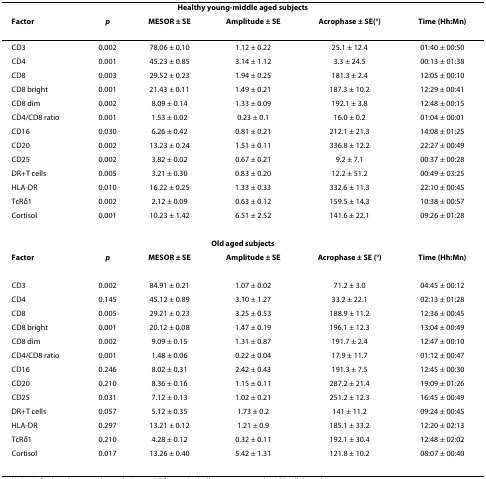
<table><thead><tr><td colspan="6"><b>Healthy young-middle aged subjects</b></td></tr><tr><td><b>Factor</b></td><td><b><i>p</i></b></td><td><b>MESOR ± SE</b></td><td><b>Amplitude ± SE</b></td><td><b>Acrophase ± SE(°)</b></td><td><b>Time (Hh:Mn)</b></td></tr></thead><tbody><tr><td>CD3</td><td>0.002</td><td>78.06 ± 0.10</td><td>1.12 ± 0.22</td><td>25.1 ± 12.4</td><td>01:40 ± 00:50</td></tr><tr><td>CD4</td><td>0.001</td><td>45.23 ± 0.85</td><td>3.14 ± 1.12</td><td>3.3 ± 24.5</td><td>00:13 ± 01:38</td></tr><tr><td>CD8</td><td>0.003</td><td>29.52 ± 0.23</td><td>1.94 ± 0.25</td><td>181.3 ± 2.4</td><td>12:05 ± 00:10</td></tr><tr><td>CD8 bright</td><td>0.001</td><td>21.43 ± 0.11</td><td>1.49 ± 0.21</td><td>187.3 ± 10.2</td><td>12:29 ± 00:41</td></tr><tr><td>CD8 dim</td><td>0.002</td><td>8.09 ± 0.14</td><td>1.33 ± 0.09</td><td>192.1 ± 3.8</td><td>12:48 ± 00:15</td></tr><tr><td>CD4/CD8 ratio</td><td>0.001</td><td>1.53 ± 0.02</td><td>0.23 ± 0.1</td><td>16.0 ± 0.2</td><td>01:04 ± 00:01</td></tr><tr><td>CD16</td><td>0.030</td><td>6.26 ± 0.42</td><td>0.81 ± 0.21</td><td>212.1 ± 21.3</td><td>14:08 ± 01:25</td></tr><tr><td>CD20</td><td>0.002</td><td>13.23 ± 0.24</td><td>1.51 ± 0.11</td><td>336.8 ± 12.2</td><td>22:27 ± 00:49</td></tr><tr><td>CD25</td><td>0.002</td><td>3.82 ± 0.02</td><td>0.67 ± 0.21</td><td>9.2 ± 7.1</td><td>00:37 ± 00:28</td></tr><tr><td>DR+T cells</td><td>0.005</td><td>3.21 ± 0.30</td><td>0.83 ± 0.20</td><td>12.2 ± 51.2</td><td>00:49 ± 03:25</td></tr><tr><td>HLA-DR</td><td>0.010</td><td>16.22 ± 0.25</td><td>1.33 ± 0.33</td><td>332.6 ± 11.3</td><td>22:10 ± 00:45</td></tr><tr><td>TcRδ1</td><td>0.002</td><td>2.12 ± 0.09</td><td>0.63 ± 0.12</td><td>159.5 ± 14.3</td><td>10:38 ± 00:57</td></tr><tr><td>Cortisol</td><td>0.001</td><td>10.23 ± 1.42</td><td>6.51 ± 2.52</td><td>141.6 ± 22.1</td><td>09:26 ± 01:28</td></tr><tr><td colspan="6"><b>Old aged subjects</b></td></tr><tr><td><b>Factor</b></td><td><b><i>p</i></b></td><td><b>MESOR ± SE</b></td><td><b>Amplitude ± SE</b></td><td><b>Acrophase ± SE (°)</b></td><td><b>Time (Hh:Mn)</b></td></tr><tr><td>CD3</td><td>0.002</td><td>84.91 ± 0.21</td><td>1.07 ± 0.02</td><td>71.2 ± 3.0</td><td>04:45 ± 00:12</td></tr><tr><td>CD4</td><td>0.145</td><td>45.12 ± 0.89</td><td>3.10 ± 1.27</td><td>33.2 ± 22.1</td><td>02:13 ± 01:28</td></tr><tr><td>CD8</td><td>0.005</td><td>29.21 ± 0.23</td><td>3.25 ± 0.53</td><td>188.9 ± 11.2</td><td>12:36 ± 00:45</td></tr><tr><td>CD8 bright</td><td>0.001</td><td>20.12 ± 0.08</td><td>1.47 ± 0.19</td><td>196.1 ± 12.3</td><td>13:04 ± 00:49</td></tr><tr><td>CD8 dim</td><td>0.002</td><td>9.09 ± 0.15</td><td>1.31 ± 0.87</td><td>191.7 ± 2.4</td><td>12:47 ± 00:10</td></tr><tr><td>CD4/CD8 ratio</td><td>0.001</td><td>1.48 ± 0.06</td><td>0.22 ± 0.04</td><td>17.9 ± 11.7</td><td>01:12 ± 00:47</td></tr><tr><td>CD16</td><td>0.246</td><td>8.02 ± 0.31</td><td>2.42 ± 0.43</td><td>191.3 ± 7.5</td><td>12:45 ± 00:30</td></tr><tr><td>CD20</td><td>0.210</td><td>8.36 ± 0.16</td><td>1.15 ± 0.11</td><td>287.2 ± 21.4</td><td>19:09 ± 01:26</td></tr><tr><td>CD25</td><td>0.031</td><td>7.12 ± 0.13</td><td>1.02 ± 0.21</td><td>251.2 ± 12.3</td><td>16:45 ± 00:49</td></tr><tr><td>DR+T cells</td><td>0.057</td><td>5.12 ± 0.35</td><td>1.73 ± 0.2</td><td>141 ± 11.2</td><td>09:24 ± 00:45</td></tr><tr><td>HLA-DR</td><td>0.297</td><td>13.21 ± 0.12</td><td>1.21 ± 0.9</td><td>185.1 ± 33.2</td><td>12:20 ± 02:13</td></tr><tr><td>TcRδ1</td><td>0.210</td><td>4.28 ± 0.12</td><td>0.32 ± 0.11</td><td>192.1 ± 30.4</td><td>12:48 ± 02:02</td></tr><tr><td>Cortisol</td><td>0.017</td><td>13.26 ± 0.40</td><td>5.42 ± 1.31</td><td>121.8 ± 10.2</td><td>08:07 ± 00:40</td></tr></tbody></table>